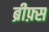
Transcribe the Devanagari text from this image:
ब्रीफ़्स